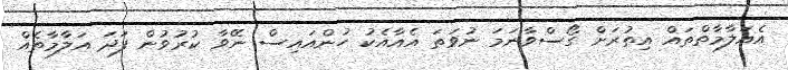
އެއަލާމާތްތައް އިތުރަށް ގޯސްވާނަމަ ނުވަތަ އެއާއެކު ހުންއައިސް ނޭވާ ކުރުވުން ފަދަ އަލާމާތެއް